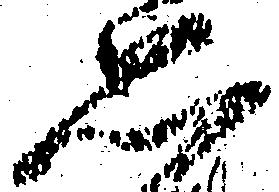
思